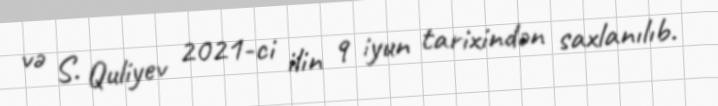
və S. Quliyev 2021-ci ilin 9 iyun tarixindən saxlanılıb.